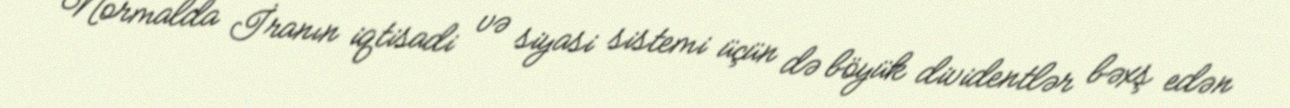
Normalda İranın iqtisadi və siyasi sistemi üçün də böyük dividentlər bəxş edən